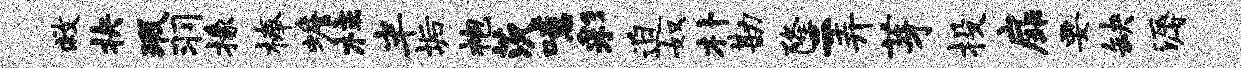
救抉瑕羽掾榛蟾柱半垢袍茨噫彩迫奴朴勘隆二弄芽投扉要缺溽